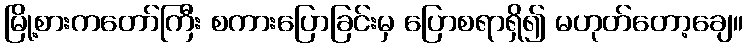
မြို့စားကတော်ကြီး စကားပြောခြင်းမှ ပြောစရာရှိ၍ မဟုတ်တော့ချေ။